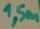
Text: 1,5m